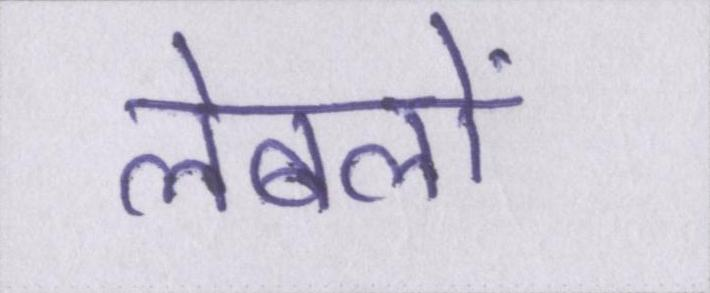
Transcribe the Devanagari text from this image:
लेबलों